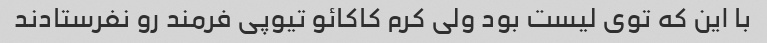
با این که توی لیست بود ولی کرم کاکائو تیوپی فرمند رو نفرستادند